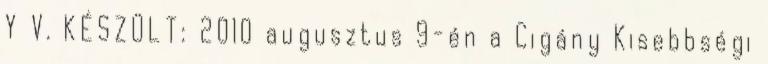
Y V. KÉSZÜLT: 2010 augusztus 9-én a Cigány Kisebbségi